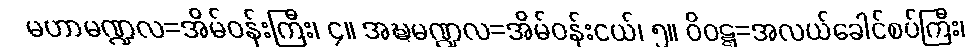
မဟာမဏ္ဍလ=အိမ်ဝန်းကြီး၊ ၄။ အဍ္ဎမဏ္ဍလ=အိမ်ဝန်းငယ်၊ ၅။ ဝိဝဋ္ဋ=အလယ်ခေါင်စပ်ကြီး၊